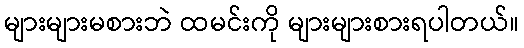
များများမစားဘဲ ထမင်းကို များများစားရပါတယ်။